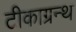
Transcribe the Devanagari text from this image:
टीकाग्रन्थ